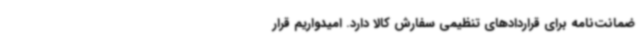
ضمانت‌نامه برای قراردادهای تنظیمی سفارش کالا دارد. امیدواریم قرار